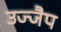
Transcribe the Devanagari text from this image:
उज्जैप